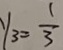
y _ { 3 } = \frac { 1 } { 3 }